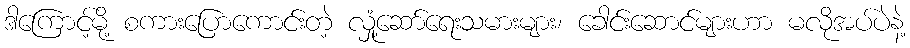
ဒါကြောင့်မို့ စကားပြောကောင်းတဲ့ လှုံ့ဆော်ရေးသမားများ၊ ခေါင်းဆောင်များဟာ မလိုအပ်ပဲနဲ့